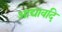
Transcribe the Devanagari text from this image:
आद्यावदि